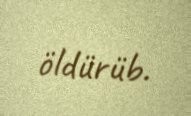
öldürüb.